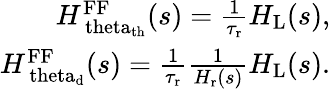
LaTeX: \begin{array}{r}{H_{\mathrm{\ theta_{\mathrm{th}}}}^{\mathrm{FF}}(s)=\frac{1}{\tau_{\mathrm{r}}}H_{\mathrm{L}}(s),}\\ {H_{\mathrm{\ theta_{\mathrm{d}}}}^{\mathrm{FF}}(s)=\frac{1}{\tau_{\mathrm{r}}}\frac{1}{H_{\mathrm{r}}(s)}H_{\mathrm{L}}(s).}\end{array}